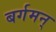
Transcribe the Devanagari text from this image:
बर्गमन्‌